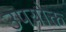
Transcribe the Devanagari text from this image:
उपयोक्त